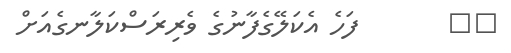
٢٢       ފަހެ އެކަލޭގެފާނުގެ ވެރިރަސްކަލާނގެއަށް